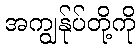
အကျွန်ုပ်တို့ကို